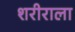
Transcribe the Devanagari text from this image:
शरीराला